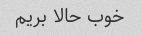
خوب حالا بریم